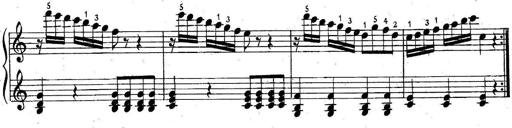
Title: 6 Easy Sonatinas
Composer: Carl Czerny